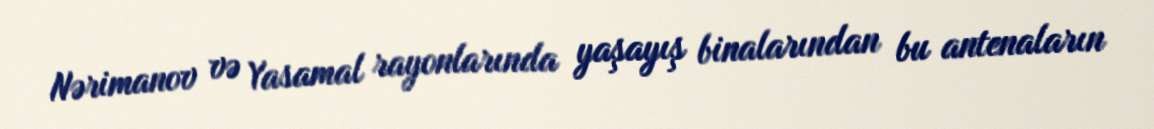
Nərimanov və Yasamal rayonlarında yaşayış binalarından bu antenaların